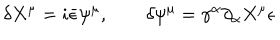
\delta X ^ { \mu } = i \bar { \epsilon } \psi ^ { \mu } , \qquad \delta \psi ^ { \mu } = \gamma ^ { \alpha } \partial _ { \alpha } X ^ { \mu } \epsilon